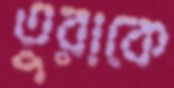
তুরাকে